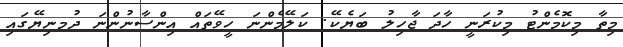
މިތާ މިކޮމެންޓު މިކުރަނީ ހާދަ ޖާހިލު ބަޔެކޭ. ކަލޭމެންނަ ހީވޭތައް އިންސާނުންނަ ދުމނިޔޭގައި